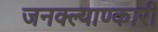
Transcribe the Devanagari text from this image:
जनक्ल्याण्कारी